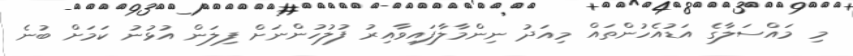
މި މައްސަލާގެ އަޑުއެހުންތައް މިއަދު ނިންމާލާފައިވާއިރު ފުލުހުންނަށް ފިލަން އުޅުނު ކަމަށް ބުނެ